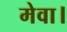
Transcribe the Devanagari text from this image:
मेवा।